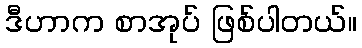
ဒီဟာက စာအုပ် ဖြစ်ပါတယ်။